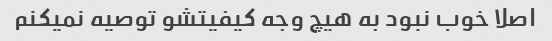
اصلا خوب نبود به هیچ وجه کیفیتشو توصیه نمیکنم